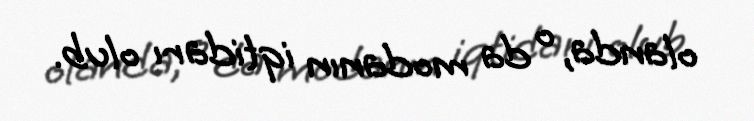
olanda, o da modanın iqtidarı olub.